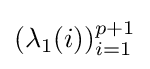
(\lambda _{1}(i))_{i=1}^{p+1}